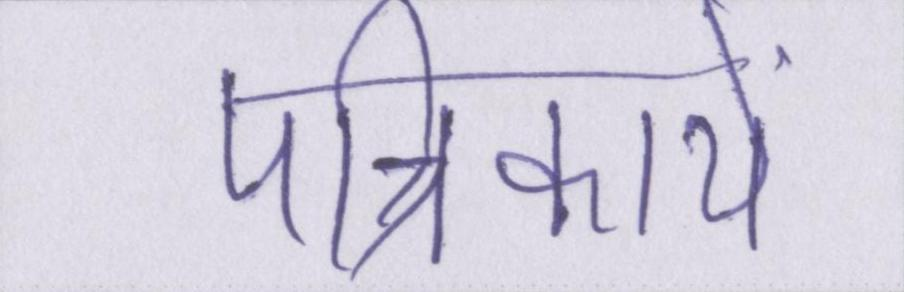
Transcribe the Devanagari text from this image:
पत्रिकायें